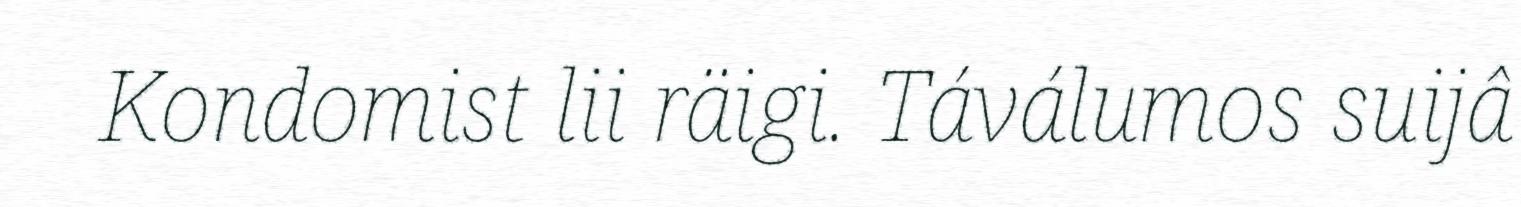
Kondomist lii räigi. Táválumos suijâ